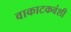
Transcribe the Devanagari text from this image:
वाकाटकवंशी